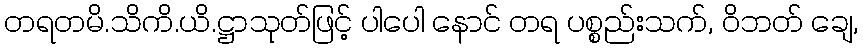
တရတမိ.သိကိ.ယိ.ဋ္ဌာသုတ်ဖြင့် ပါပေါ နောင် တရ ပစ္စည်းသက်, ဝိဘတ် ချေ,